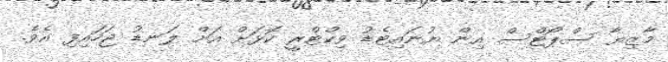
މާޒިޔާ ސްޕޯޓްސް އިން ޔުނައިޓެޑު ވިކްޓްރީ ކޮޅަށް އަށް ލަނޑު ޖަހައިފި އެވެ.